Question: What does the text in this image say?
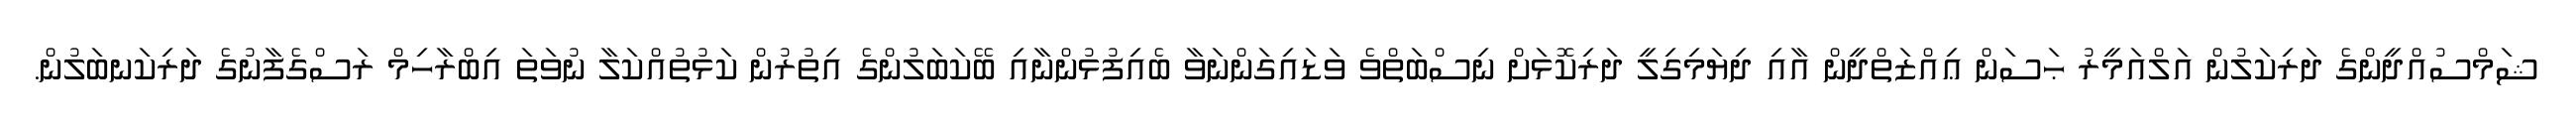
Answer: ޝަމްސުއްދީންގެ ދަރިކަލުން އަލްއަމީރު ޙަސަން ޢިއްޒަތްދީން އާއި ދިޔަމިގިލީ ދަރިކޮޅަށް ނިސްބަތްވެ ވަޑައިގަންނަވާ ބެއިފުޅުންނާއި ބޭކަބަލުންގެ އިތުރުން ކަޅުތުއްކަލާ ނުވަތަ އިބްރާހިމް ރަސްގެފާނުގެ ދަރިކަނބަލުން.